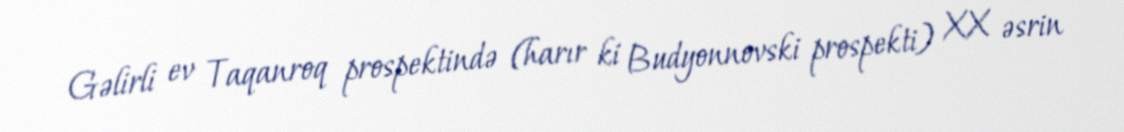
Gəlirli ev Taqanroq prospektində (harır ki Budyonnovski prospekti) XX əsrin